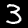
Label: 3